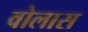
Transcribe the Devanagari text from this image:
वोलास